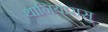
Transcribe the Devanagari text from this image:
थानियारासु